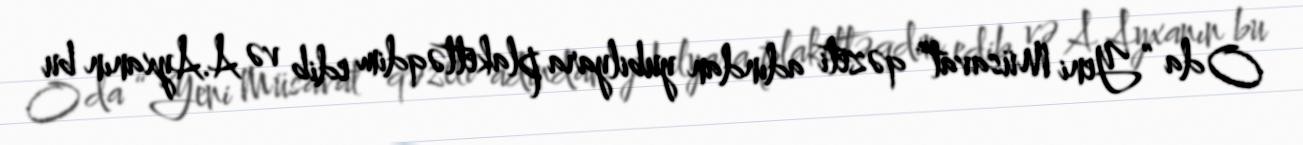
O da “Yeni Müsavat” qəzeti adından yubilyara plakettəqdim edib və A.Ayxanın bu